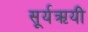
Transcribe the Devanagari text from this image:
सूर्यऋयी